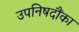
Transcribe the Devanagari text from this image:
उपनिषदौंका